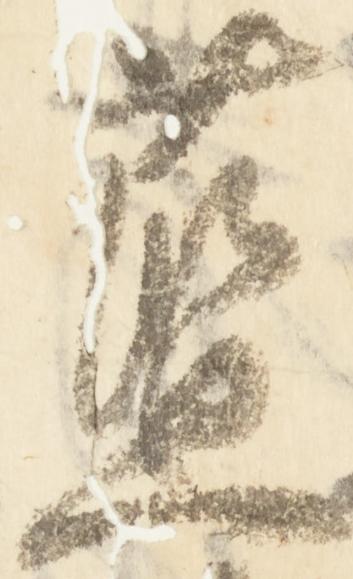
藍